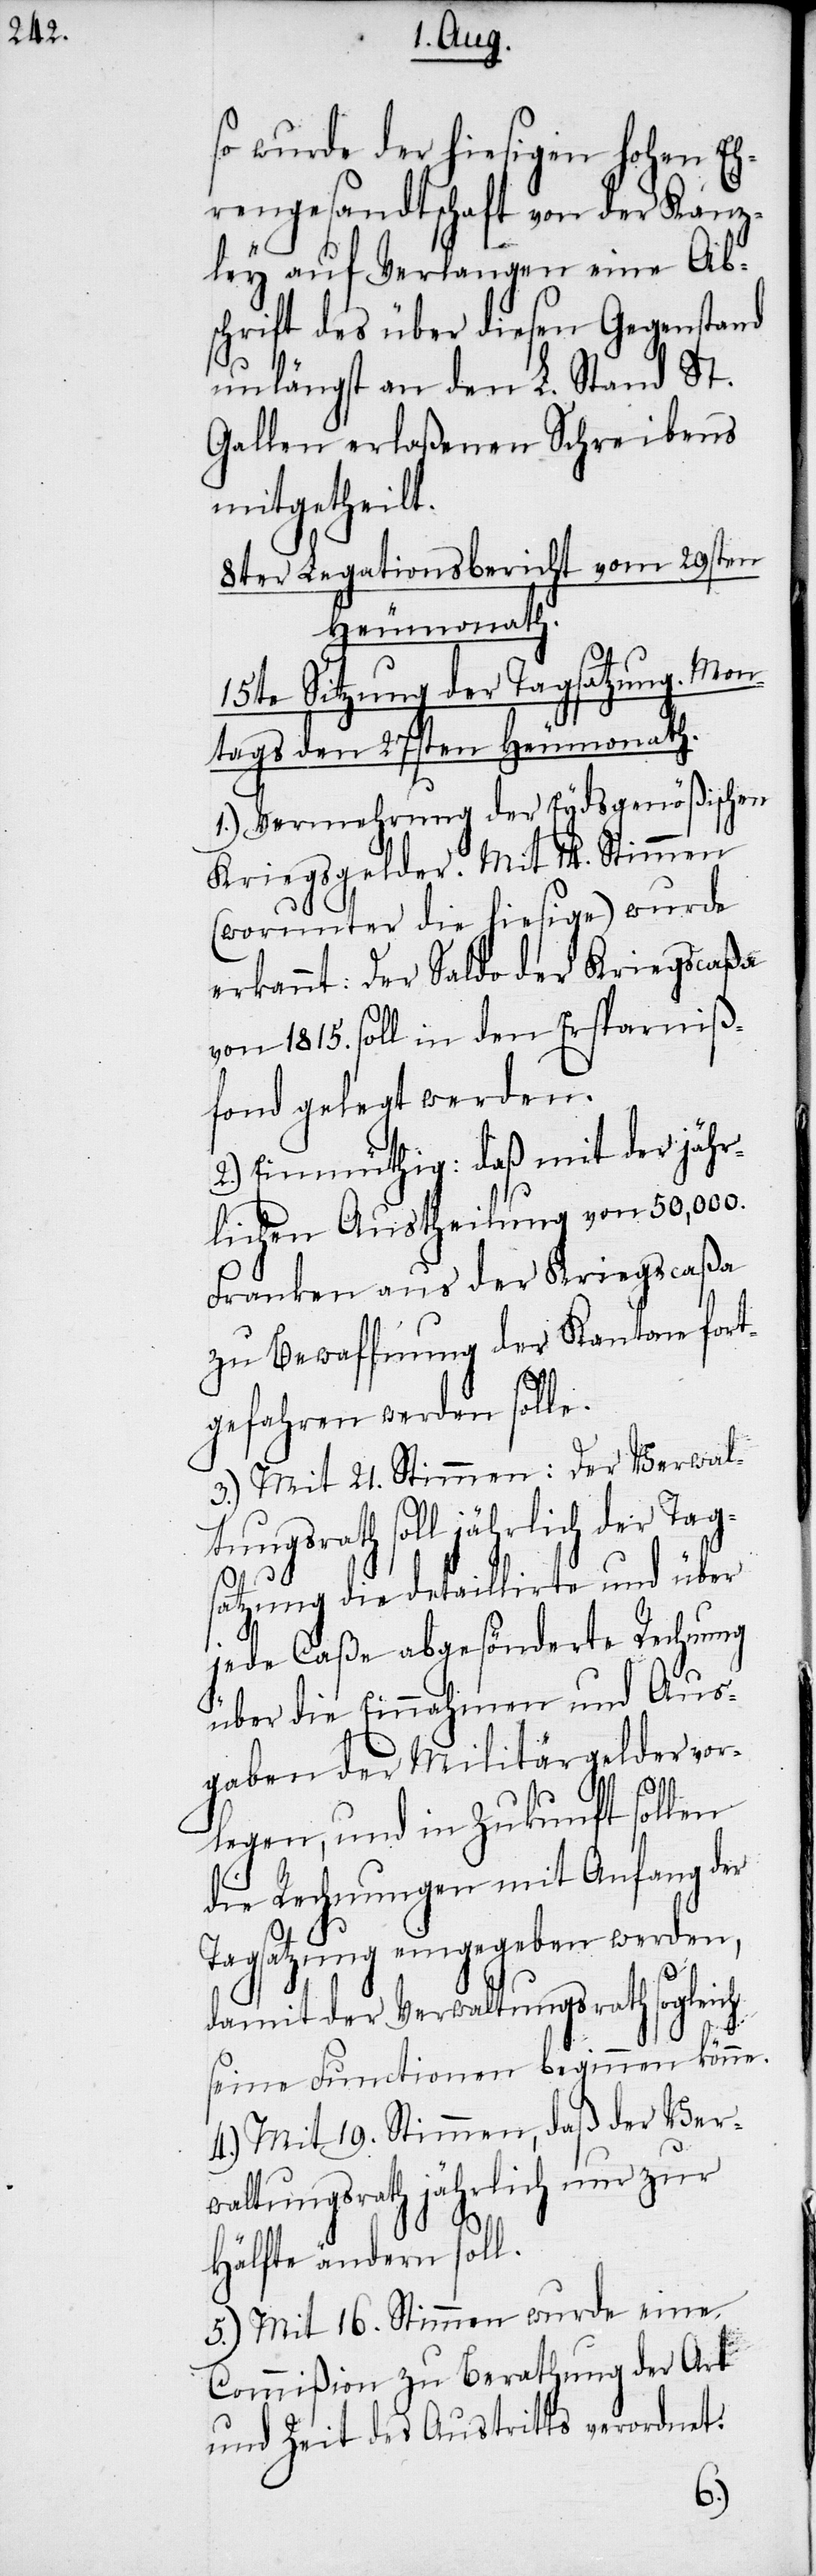
so wurde der hiesigen hohen Eh¬
rengesandtschaft von der Kanz¬
ley auf Verlangen eine Ab¬
schrift des über diesen Gegenstand
unlängst an den L. Stand St.
Gallen erlaßenen Schreibens
mitgetheilt.
8ter Legationsbericht vom 29sten
Heumonath.
15te Sitzung der Tagsatzung. Mon¬
tags den 27sten Heumonath.
1.) Vermehrung der Eydsgenößischen
Kriegsgelder. Mit 14. Stimmen
(worunter die hiesige) wurde
erkannt: Der Saldo der Kriegscaßa
von 1815. soll in den Ersparniß¬
fond gelegt werden.
2.) Einmüthig: daß mit der jähr¬
lichen Austheilung von 50,000.
Franken aus der Kriegscaßa
zu Bewaffnung der Kantone fort¬
gefahren werden solle.
3.) Mit 21. Stimmen: Der Verwal¬
tungsrath soll jährlich der Tags¬
atzung die detaillirte und über
jede Caße abgesonderte Rechnung
über die Einnahmen und Aus¬
gaben der Militärgelder vor¬
legen, und in Zukunft sollen
die Rechnungen mit Anfang der
Tagsatzung eingegeben werden,
damit der Verwaltungsrath sogleich
seine Functionen beginnen könne.
4.) Mit 19. Stimmen, daß der Ver¬
waltungsrath jährlich nur zur
Hälfte ändern soll.
5.) Mit 16. Stimmen wurde eine
Commißion zu Berathung der Art
und Zeit des Austritts verordnet: